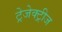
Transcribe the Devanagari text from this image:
ट्रेजेक्ट्रीज